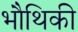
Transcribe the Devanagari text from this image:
भौथिकी